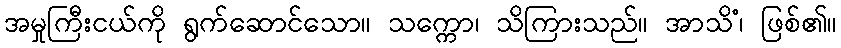
အမှုကြီးငယ်ကို ရွက်ဆောင်သော။ သက္ကော၊ သိကြားသည်။ အာသိံ၊ ဖြစ်၏။